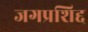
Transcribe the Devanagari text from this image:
जगप्रशिद्द